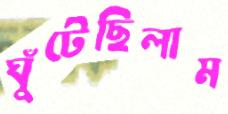
ঘুঁটেছিলাম